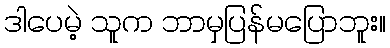
ဒါပေမဲ့ သူက ဘာမှပြန်မပြောဘူး။